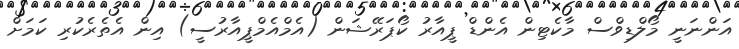
އަންނަނީ މޯލްޑިވްސް މާކެޓިން އެންޑް ޕީއާރު ކޯޕަރޭޝަން (އެމްއެމްޕީއާރުސީ) އިން އެތެރެކުރި ކަމަށް